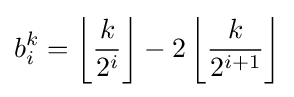
b_{i}^{k}=\left\lfloor {\frac {k}{2^{i}}}\right\rfloor -2\left\lfloor {\frac {k}{2^{i+1}}}\right\rfloor